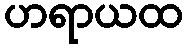
ဟရာယထ